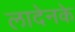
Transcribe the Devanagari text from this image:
लादेनके